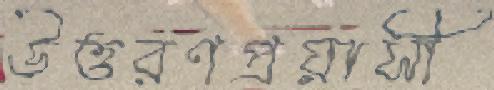
উত্তরণপ্রয়াসী